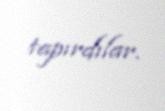
tapırdılar.